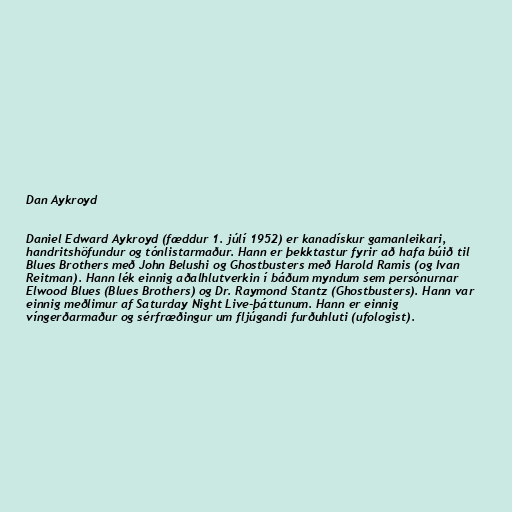
Dan Aykroyd

Daniel Edward Aykroyd (fæddur 1. júlí 1952) er kanadískur gamanleikari,
handritshöfundur og tónlistarmaður. Hann er þekktastur fyrir að hafa búið til
Blues Brothers með John Belushi og Ghostbusters með Harold Ramis (og Ivan
Reitman). Hann lék einnig aðalhlutverkin í báðum myndum sem persónurnar
Elwood Blues (Blues Brothers) og Dr. Raymond Stantz (Ghostbusters). Hann var
einnig meðlimur af Saturday Night Live-þáttunum. Hann er einnig
víngerðarmaður og sérfræðingur um fljúgandi furðuhluti (ufologist).